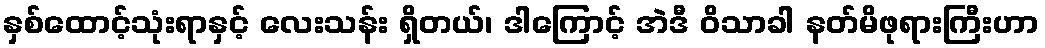
နှစ်ထောင့်သုံးရာနှင့် လေးသန်း ရှိတယ်၊ ဒါကြောင့် အဲဒီ ဝိသာခါ နတ်မိဖုရားကြီးဟာ